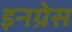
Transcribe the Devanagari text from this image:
इनग्रेस